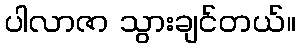
ပါလာဇာ သွားချင်တယ်။